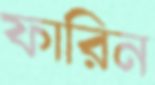
ফারিন